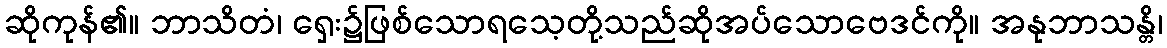
ဆိုကုန်၏။ ဘာသိတံ၊ ရှေး၌ဖြစ်သောရသေ့တို့သည်ဆိုအပ်သောဗေဒင်ကို။ အနုဘာသန္တိ၊